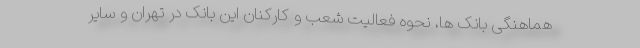
هماهنگی بانک ها، نحوه فعالیت شعب و کارکنان این بانک در تهران و سایر